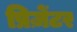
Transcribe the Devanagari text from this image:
प्रिज़ेंटर